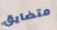
متضايق